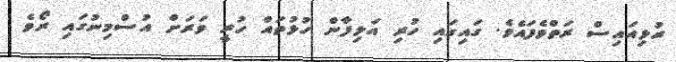
ރުޅިއައިސް ރަތްވެފައެވެ. ގައިގައި ހުރި އަލިފާން ހުޅުތައް ހުރީ ވަރަށް އުސްމިނުގައި ރޯވެ